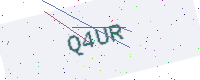
Text: Q4UR